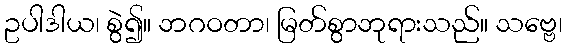
ဥပါဒါယ၊ စွဲ၍။ ဘဂဝတာ၊ မြတ်စွာဘုရားသည်။ သဗ္ဗေ၊